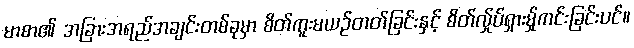
မာစာ၏ အခြားအရည်အချင်းတစ်ခုမှာ စိတ်ကူးမယဉ်တတ်ခြင်းနှင့် စိတ်လ်ှုပ်ရှားမ်ှုကင်းခြင်းပင်။